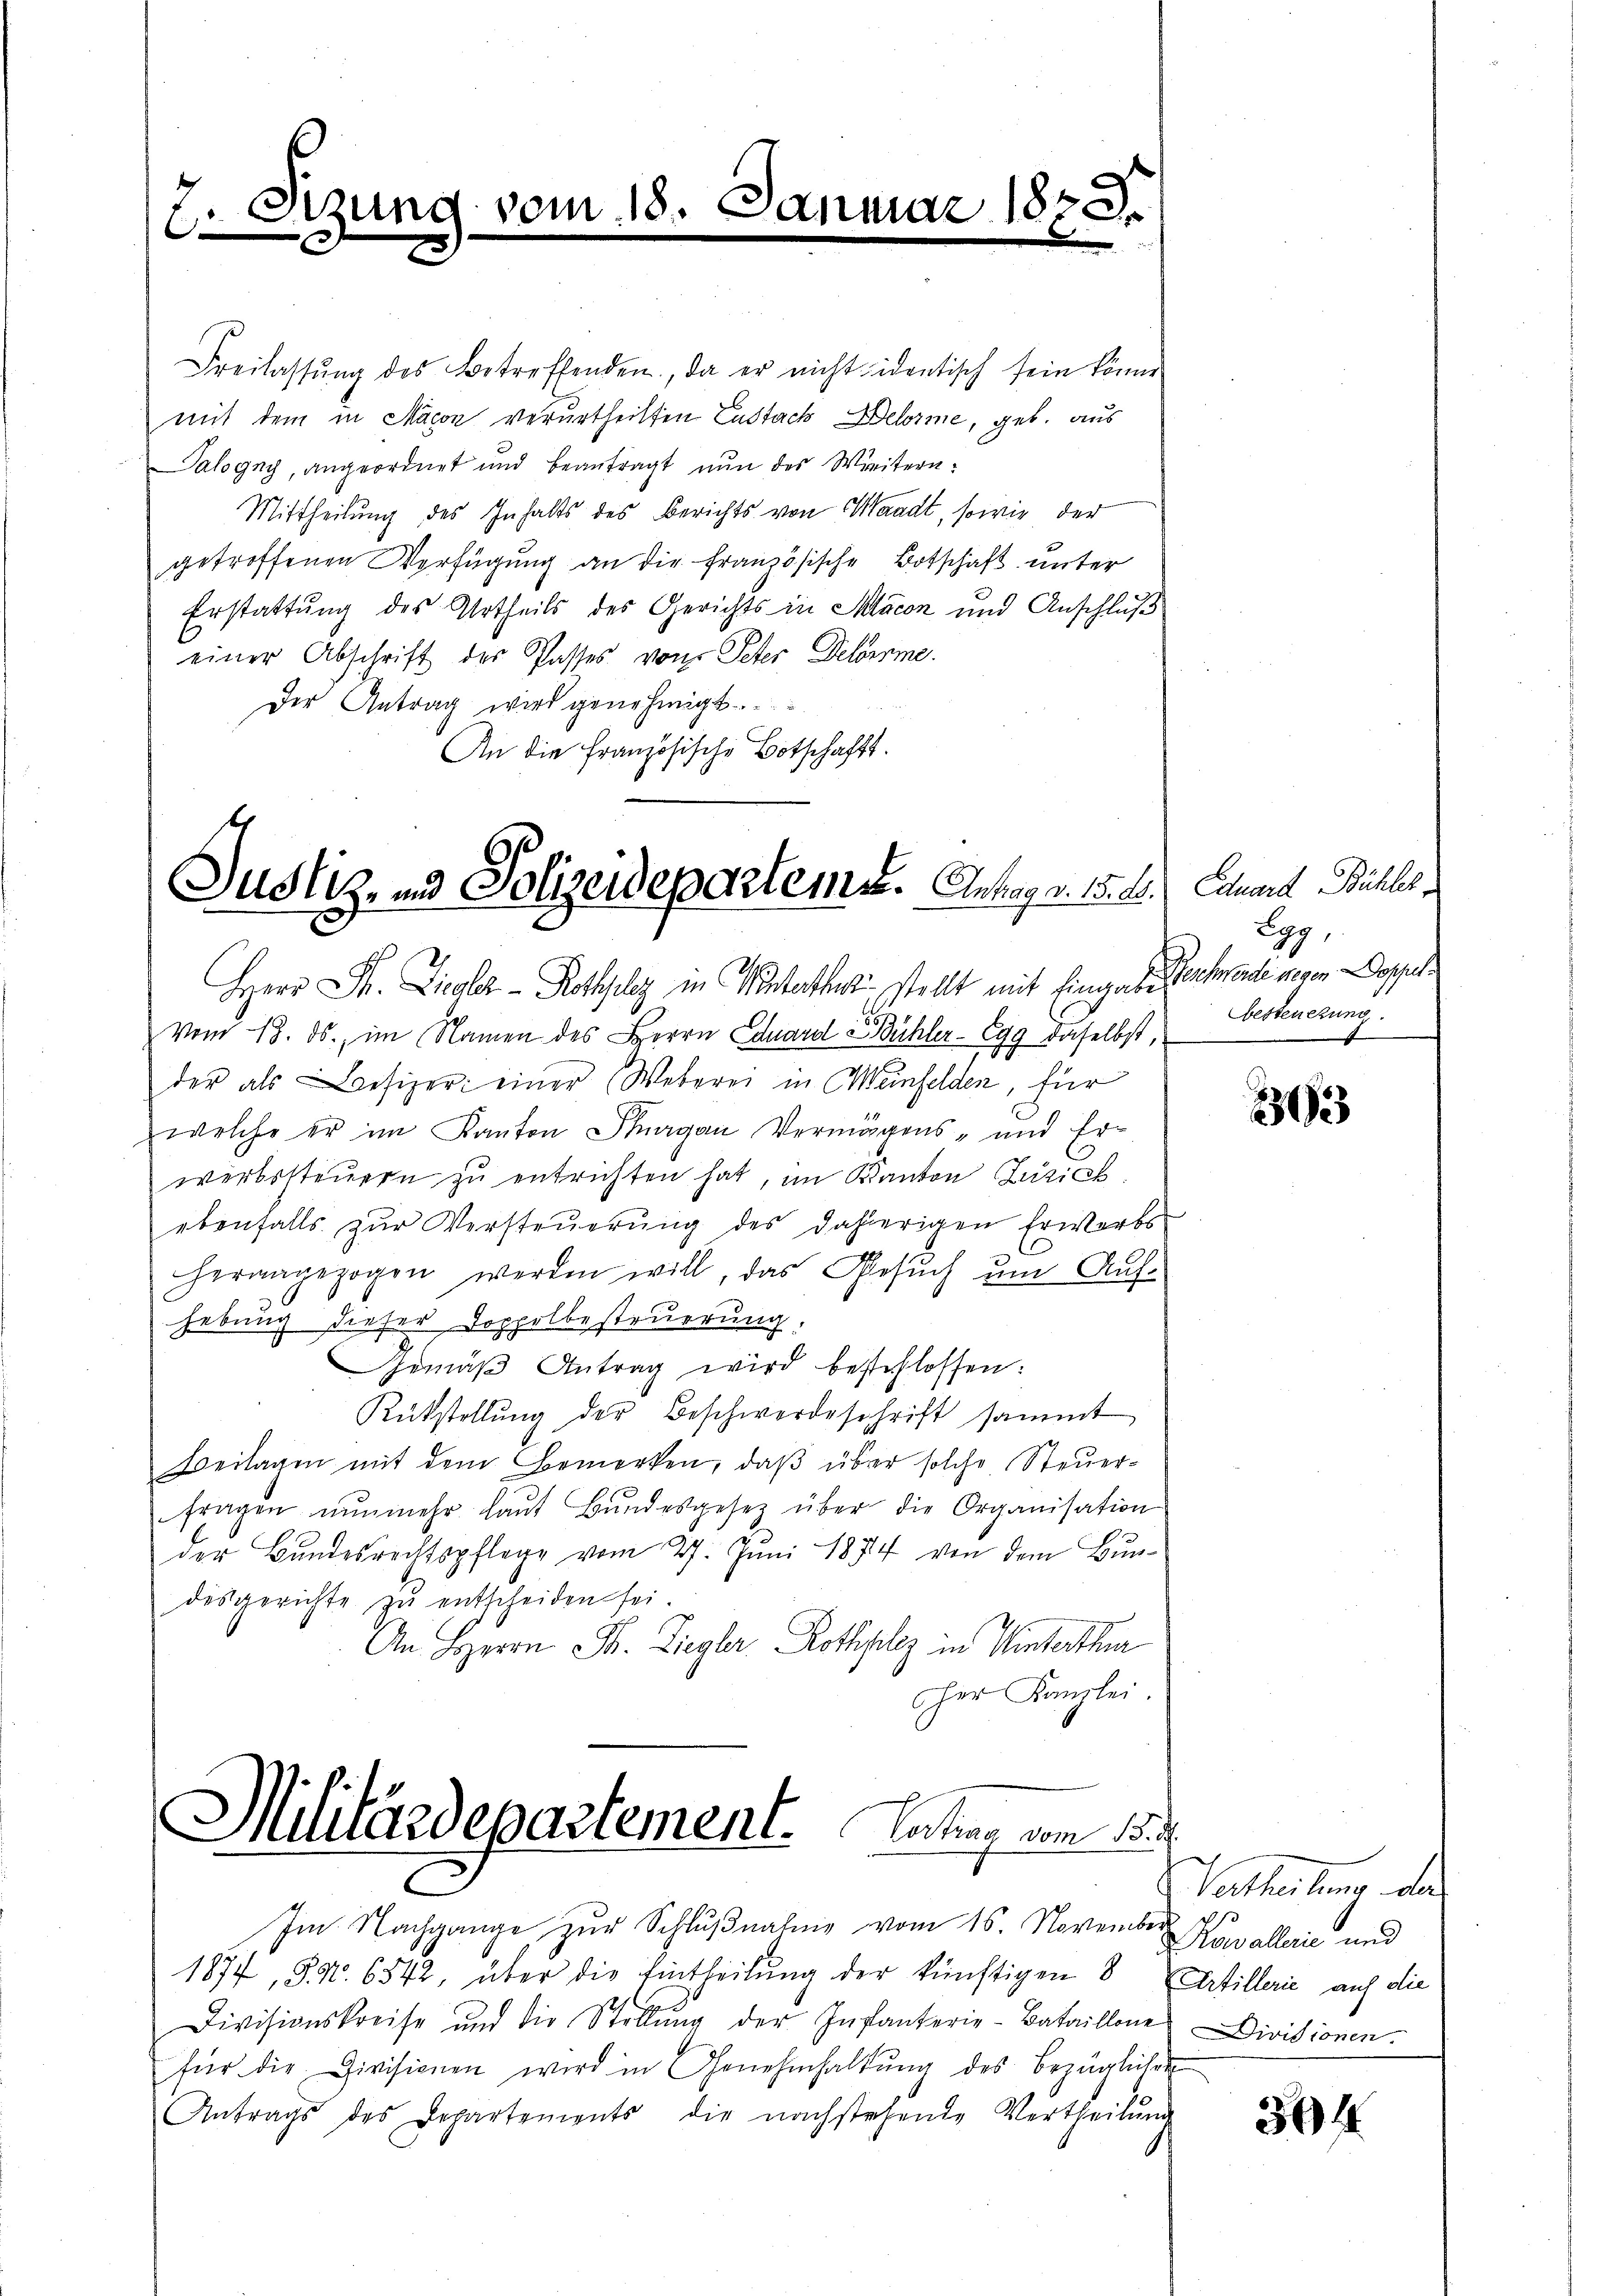
Stzung vom 18. Dani
E

Freilassŭng des Betreffenden, da er nicht identisch sein könne
mit dem in Macon verurtheilten Zustach Belorme, geb. aus
Palogny, angeordnet und beantragt nun des Weitern:
Mittheilung des Inhalts des Berichts von Waadt, sowie der
getroffenen Verfügung an die französische Botschaft unter
Erstattung des Urtheils des Gerichts in Macon und Anschluß
einer Abschrift des Passes von Peter Delarme.
Der Antrag wird genehmigt.
An die Französische Botschafft.

1820.

Justiz- und Polizeideparteme. Antrag a. 15. 20.

Herr Dr. Liegler - Rothelz in Winterthur stellt mit Eingabe Rechnende gegen Doppel
Vom 13. ds., im Namen des Herrn Eduard Bühler-Egg daselbst,
der als Besizer einer Weberei in Weinfelden, für
welche er im Kanton Thurgau Vermögens- und Erwerbssteŭern zu entrichten hat, im Kanton Zuzieh
ebenfalls zŭr Versteŭerŭng des dahierigen Erwerbs-
herangezogen werden will, das Gesuch um Auf-
hebung dieser Doppelbesteuerung.
Gemäβ Antrag wird beschlossen:
Rükstellŭng der Beschwerdeschrift sammt
Beilagen mit dem Bemerken, daß über solche Steuerfragen nŭnmehr laŭt Bŭndesgesetz über die Organisation
der Bundesrechtspflege vom 27. Juni 1874 von dem Bundesgerichte zu entscheiden sei.
An Herrn Fr. Ziegler Rothholz in Wintertha
Cher Kanzlei.

Militärdepartement. Lastian vom 15. d.
Im Nachgange zur Schlußnahme vom 16. November Kavallerie und

1877, S. Nr. 6542, über die Eintheilung der künftigen 8 Artillerie auf die
Divisionskreise und die Stellŭng der Infanterie-Bataillone Divisionen.
für die Divisionen wird in Genehmhaltŭng des bezüglichen
Antrags des Departements die nachstehende Vertheilŭng
.

Eduard Bühler
Egg,
besteuerung

1883

Vortheilung der

364